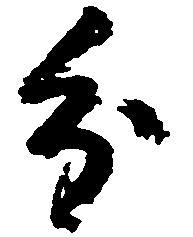
分